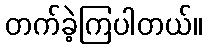
တက်ခဲ့ကြပါတယ်။